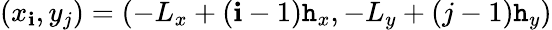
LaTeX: (x_{\mathbf{i}},y_{j})=(-L_{x}+(\mathbf{i}-1)\mathtt{h}_{x},-L_{y}+(j-1)\mathtt{h}_{y})